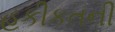
હકીકતની